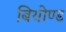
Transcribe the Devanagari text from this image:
बियोण्ड